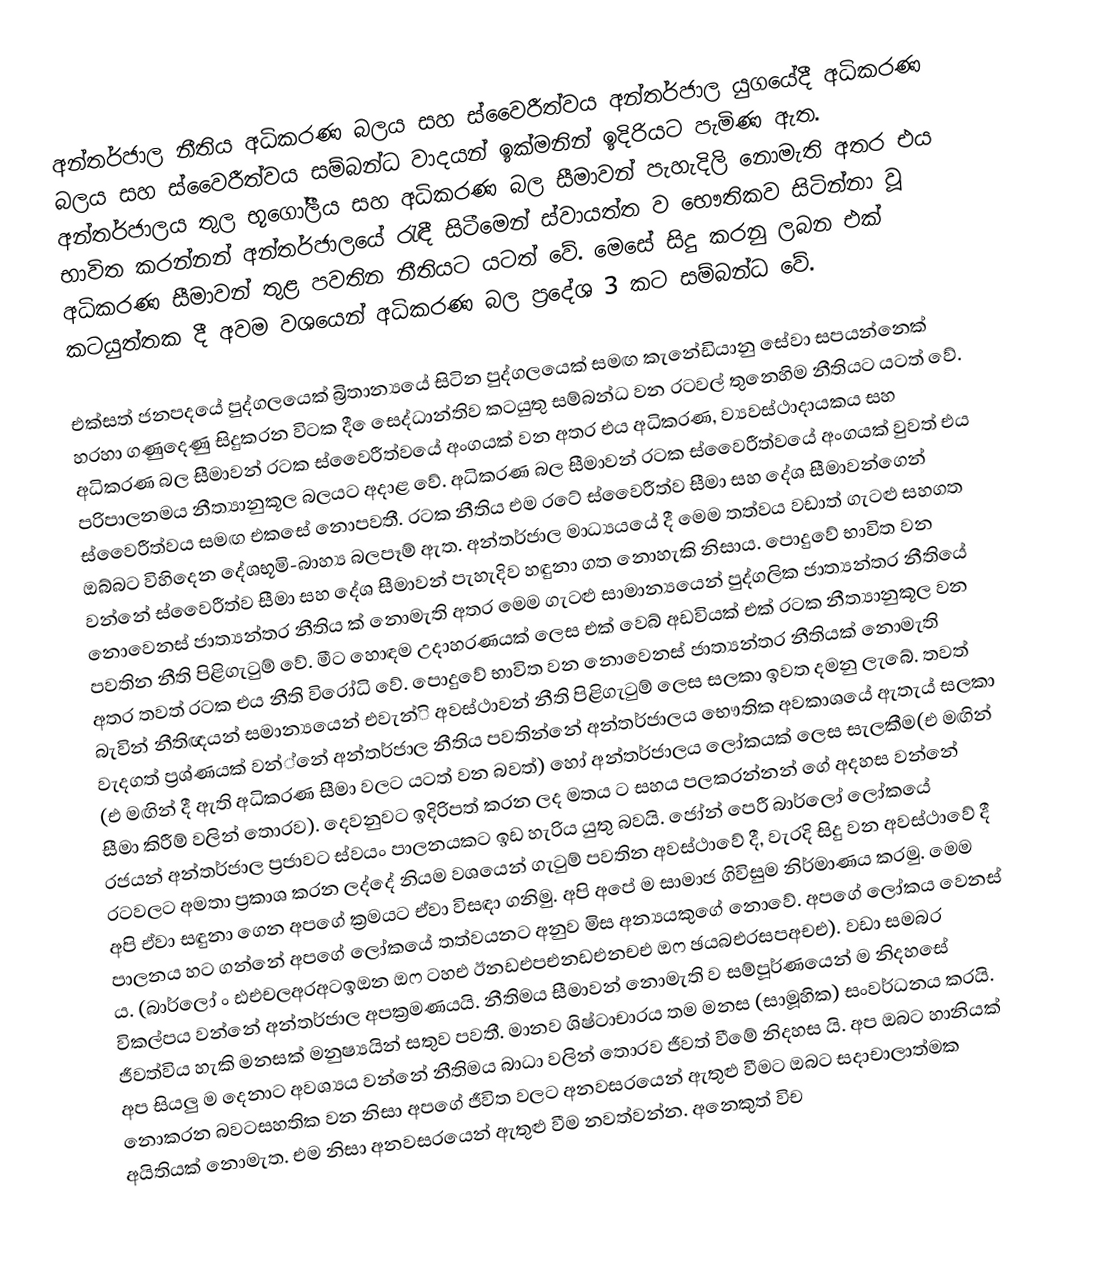
අන්තර්ජාල නීතිය අධිකරණ බලය සහ ස්වෛරීත්වය අන්තර්ජාල යුගයේදී අධිකරණ බලය සහ ස්වෛරීත්වය සම්බන්ධ වාදයන් ඉක්මනින් ඉදිරියට පැමිණ ඇත. අන්තර්ජාලය තුල භූගෝලීය සහ අධිකරණ බල සීමාවන් පැහැදිලි නොමැති අතර එය භාවිත කරන්නන් අන්තර්ජාලයේ රැඳී සිටීමෙන් ස්වායත්ත ව භෞතිකව සිටින්නා වූ අධිකරණ සීමාවන් තුළ පවතින නීතියට යටත් වේ. මෙසේ සිදු කරනු ලබන එක් කටයුත්තක දී අවම වශයෙන් අධිකරණ බල ප්‍රදේශ 3 කට සම්බන්ධ වේ.

එක්සත් ජනපදයේ පුද්ගලයෙක් බ්‍රිතාන්‍යයේ සිටින පුද්ගලයෙක් සමඟ කැනේඩියානු සේවා සපයන්නෙක් හරහා ගණුදෙණු සිදුකරන විටක දී ෙසෙද්ධාන්තිව කටයුතු සම්බන්ධ වන රටවල් තුනෙහිම නීතියට යටත් වේ. අධිකරණ බල සීමාවන් රටක ස්වෛරීත්වයේ අංගයක් වන අතර එය අධිකරණ, ව්‍යවස්ථාදායකය සහ පරිපාලනමය නීත්‍යානුකූල බලයට අදාළ වේ. අධිකරණ බල සීමාවන් රටක ස්වෛරීත්වයේ අංගයක් වුවත් එය ස්වෛරීත්වය සමඟ එකසේ නොපවතී. රටක නීතිය එම රටේ ස්වෛරීත්ව සීමා සහ දේශ සීමාවන්ගෙන් ඔබ්බට විහිදෙන දේශභූමි-බාහ්‍ය බලපෑම් ඇත. අන්තර්ජාල මාධ්‍යයයේ දී මෙම තත්වය වඩාත් ගැටළු සහගත වන්නේ ස්වෛරීත්ව සීමා සහ දේශ සීමාවන් පැහැදිව හඳුනා ගත නොහැකි නිසාය. පොදුවේ භාවිත වන නොවෙනස් ජාත්‍යන්තර නීතිය ක් නොමැති අතර මෙම ගැටළු සාමාන්‍යයෙන් පුද්ගලික ජාත්‍යන්තර නීතියේ පවතින නීති පිළිගැටුම් වේ. මීට හොඳම උදාහරණයක් ලෙස එක් වෙබ් අඩවියක් එක් රටක නීත්‍යානුකූල වන අතර තවත් රටක එය නීති විරෝධි වේ. පොදුවේ භාවිත වන නොවෙනස් ජාත්‍යන්තර නීතියක් නොමැති බැවින් නීතිඥයන් සමාන්‍යයෙන් එවැන්ි අවස්ථාවන් නීති පිළිගැටුම් ලෙස සලකා ඉවත දමනු ලැබේ. තවත් වැදගත් ප්‍රශ්ණයක් වන්්නේ අන්තර්ජාල නීතිය පවතින්නේ අන්තර්ජාලය භෞතික අවකාශයේ ඇතැය් සලකා (එ මඟින් දී ඇති අධිකරණ සීමා වලට යටත් වන බවත්) හෝ අන්තර්ජාලය ලෝකයක් ලෙස සැලකීම(එ මඟින් සීමා කිරීම් වලින් තොරව). දෙවනුවට ඉදිරිපත් කරන ලද මතය ට සහය පලකරන්නන් ගේ අදහස වන්නේ රජයන් අන්තර්ජාල ප්‍රජාවට ස්වයං පාලනයකට ඉඩ හැරිය යුතු බවයි. ජෝන් පෙරී බාර්ලෝ ලෝකයේ රටවලට අමතා ප්‍රකාශ කරන ලද්දේ නියම වශයෙන් ගැටුම් පවතින අවස්ථාවේ දී, වැරදි සිදු වන අවස්ථාවේ දී අපි ඒවා සඳුනා ගෙන අපගේ ක්‍රමයට ඒවා විසඳා ගනිමු. අපි අපේ ම සාමාජ ගිවිසුම නිර්මාණය කරමු. මෙම පාලනය හට ගන්නේ අපගේ ලෝකයේ තත්වයනට අනුව මිස අන්‍යයකුගේ නොවේ. අපගේ ලෝකය වෙනස් ය. (බාර්ලෝ ං ඪඑචලඅරඅටඉඔන ඔෆ ටහඑ ඊනඩඑපඑනඩඑනචඑ ඔෆ ඡයබඑරසපඅචඑ). වඩා සමබර විකල්පය වන්නේ අන්තර්ජාල අපක්‍රමණයයි. නීතිමය සීමාවන් නොමැති ව සම්පූර්ණයෙන් ම නිදහසේ ජීවත්විය හැකි මනසක් මනුෂ්‍යයින් සතුව පවතී. මානව ශිෂ්ටාචාරය තම මනස (සාමූහික) සංවර්ධනය කරයි. අප සියලු ම දෙනාට අවශ්‍යය වන්නේ නීතිමය බාධා වලින් තොරව ජීවත් වීමේ නිදහස යි. අප ඔබට හානියක් නොකරන බවටසහතික වන නිසා අපගේ ජීවිත වලට අනවසරයෙන් ඇතුළු වීමට ඔබට සදාචාලාත්මක අයිතියක් නොමැත. එම නිසා අනවසරයෙන් ඇතුළු වීම නවත්වන්න. අනෙකුත් විච